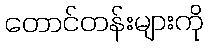
တောင်တန်းများကို